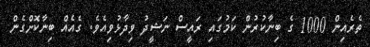
ތެރެއިން 1000 ގެ ބިނާކުރުން ކަމުގައި ރައީސް ނަޝީދު ވިދާޅުވިއެވެ. ގެއެއް ބިނާކޮށްގެން